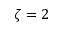
\zeta = 2